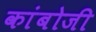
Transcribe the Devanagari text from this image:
कांबोजी